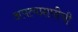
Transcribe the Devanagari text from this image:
अपत्यप्राप्तीची